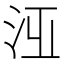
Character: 𣳋